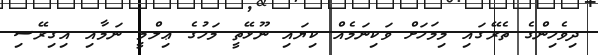
ދިވެހިންގެ ތެރޭގައި މިމަހަށް ވަކިނަމެއް ކިޔައި ނޫޅޭތީ މަހުގެ ޢިލްމީ ނަމާއި އިގިރޭސި